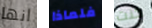
انها فلماذا كنت